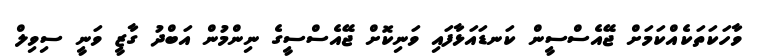
ވާހަކަތަކެއްކަމަށް ޖޭއެސްސީން ކަނޑައަޅާފައި ވަނިކޮށް ޖޭއެސްސީގެ ނިންމުން އަބްދު ގާޒީ ވަނީ ސިވިލް